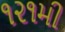
૧૨૧મી